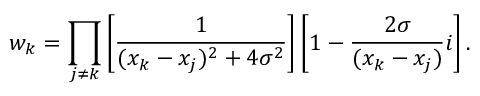
w _ { k } = \prod _ { j \neq k } \left[ { \frac { 1 } { ( x _ { k } - x _ { j } ) ^ { 2 } + 4 \sigma ^ { 2 } } } \right] \left[ 1 - { \frac { 2 \sigma } { ( x _ { k } - x _ { j } ) } } i \right] .